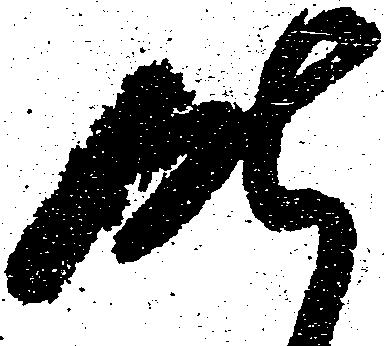
昨